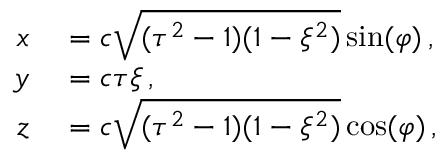
\begin{array} { r l } { x } & { { } = c \sqrt { ( \tau ^ { 2 } - 1 ) ( 1 - \xi ^ { 2 } ) } \sin ( \varphi ) \, , } \\ { y } & { { } = c \tau \xi \, , } \\ { z } & { { } = c \sqrt { ( \tau ^ { 2 } - 1 ) ( 1 - \xi ^ { 2 } ) } \cos ( \varphi ) \, , } \end{array}